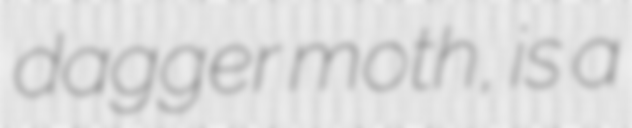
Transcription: dagger moth, is a